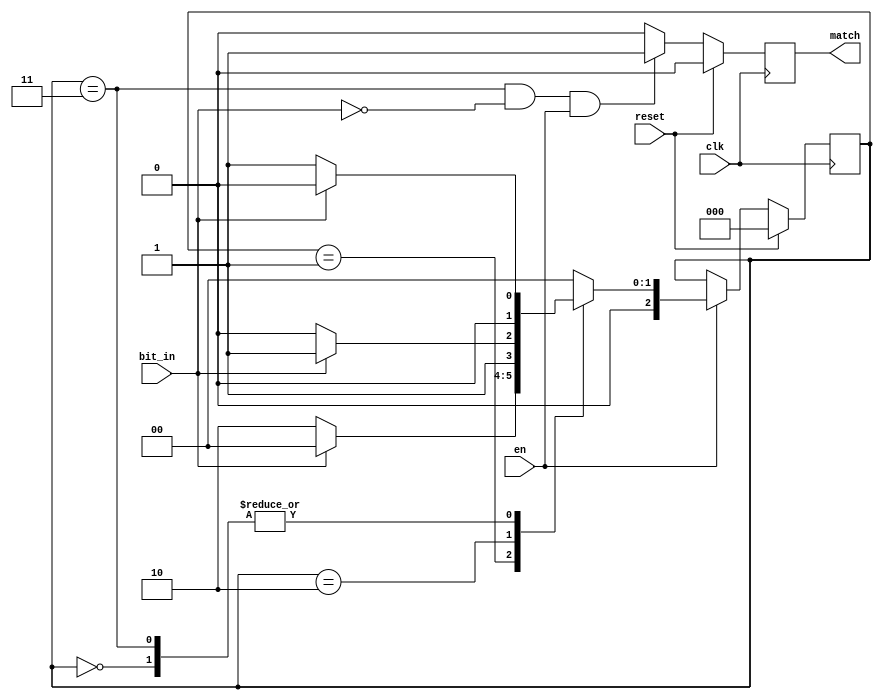
module bp_detect (
				 reset,
				 clk,
				 bit_in,
				 en,
				 match
				  );

 
 input      reset,clk;
 input      bit_in;
 input      en;
 output     match;
 
 reg        match;
 
 reg   [2:0]     curr_state ;
 reg   [2:0]     Next_state ;
 
  parameter	S0  = 2'b00,	                //IDLE 
                S1  = 2'b01,                    //0
                S2  = 2'b10,                    //00   
	        S3  = 2'b11;                    //001
				
 always @(posedge clk )
 begin
   if (reset)
     curr_state <= 0;
   else 
     curr_state <= Next_state;
   end  
 
always @(*)
begin
 if (en)begin
  case(curr_state)
   S0:
     if (bit_in==0)
       Next_state = S1; 
     else
       Next_state = S0;  
   S1:
     if (bit_in==0)
       Next_state = S2; 
     else
       Next_state = S0;    
   S2:
     if (bit_in==1)
       Next_state = S3; 
     else
       Next_state = S2;  
   S3:
     if (bit_in==0)
       Next_state = S1; 
     else
       Next_state = S0;         
   default:
       Next_state = S0;    
  endcase
 end
 else begin
   Next_state = curr_state ;
 end
end
 
 
always @(posedge clk )
begin
    if(reset)   
	  match <= 1'b0;
	else if((curr_state== S3) && (bit_in ==0) && en)
	  match <= 1'b1;
	else
	  match <= 1'b0;
end

endmodule